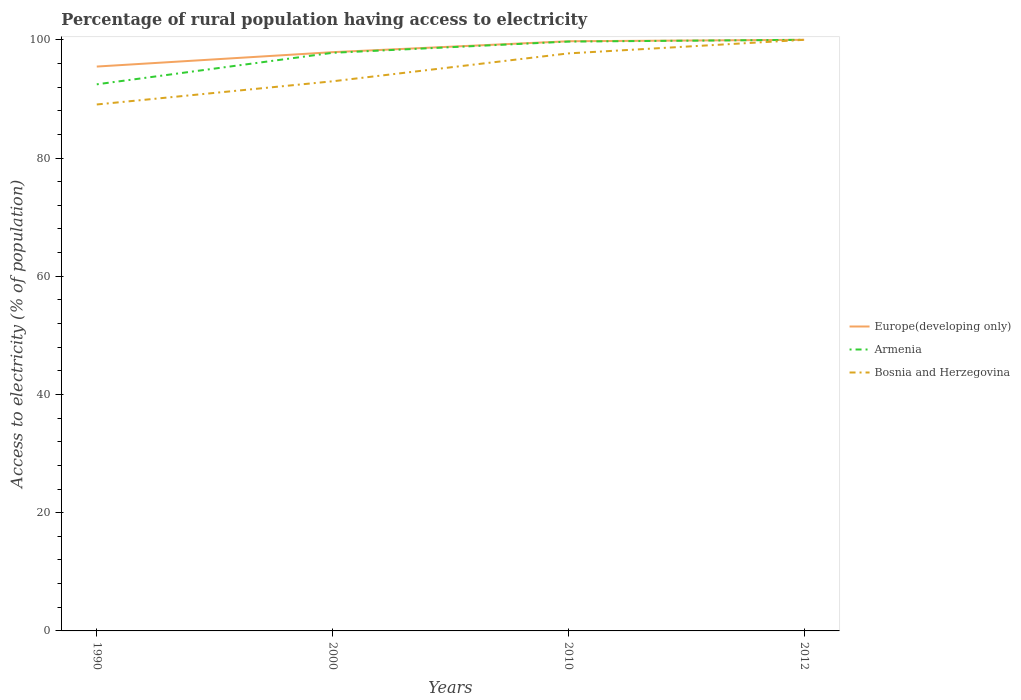
| Years | Europe(developing only) | Armenia | Bosnia and Herzegovina |
 | --- | --- | --- | --- |
 | 1990 | 95.5 | 92.5 | 89.1 |
 | 2000 | 97.9 | 97.8 | 93 |
 | 2010 | 99.8 | 99.7 | 97.7 |
 | 2012 | 100 | 100 | 100 |